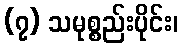
(၇) သမုစ္စည်းပိုင်း၊